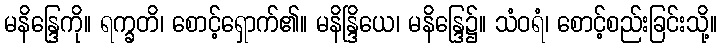
မနိန္ဒြေကို။ ရက္ခတိ၊ စောင့်ရှောက်၏။ မနိန္ဒြိယေ၊ မနိန္ဒြေ၌။ သံဝရံ၊ စောင့်စည်းခြင်းသို့။